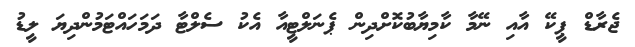
ޖެރާޑް ޕީކޭ އާއި ނޭމާ ކާމިޔާބުކޮށްދިން ޕެނަލްޓީއާ އެކު ސެލްޓާ ދަމަހައްޓަމުންދިޔަ ލީޑު